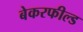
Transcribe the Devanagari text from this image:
बेकरफील्ड